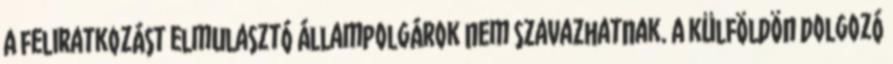
A feliratkozást elmulasztó állampolgárok nem szavazhatnak. A külföldön dolgozó